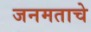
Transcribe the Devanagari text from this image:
जनमताचे